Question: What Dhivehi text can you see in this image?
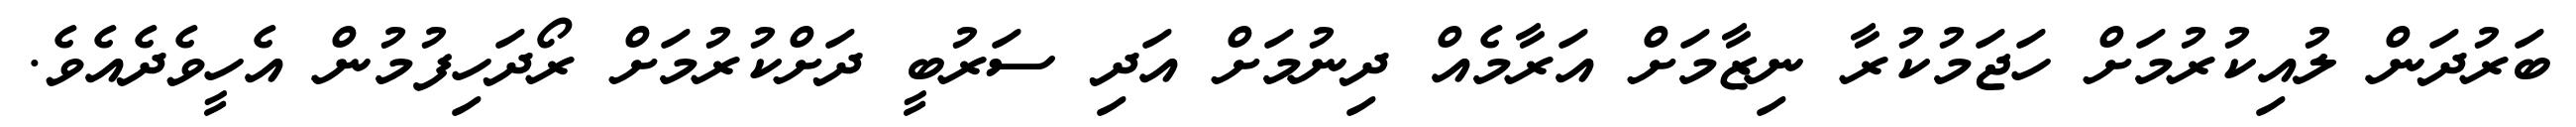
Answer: ބަރުދަން ލުއިކުރުމަށް ހަޖަމުކުރާ ނިޒާމަށް އަރާމެއް ދިނުމަށް އަދި ސަރުބީ ދަށްކުރުމަށް ރޯދަހިފުމުން އެހީވެދެއެވެ.